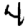
Digit: 4